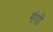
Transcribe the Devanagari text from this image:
मंगी